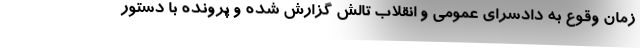
زمان وقوع به دادسرای عمومی و انقلاب تالش گزارش شده و پرونده با دستور